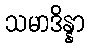
သမာဒိန္နာ